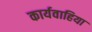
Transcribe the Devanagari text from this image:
कार्यवाहिया